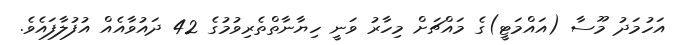
އަހުމަދު މޫސާ (އައްމަޓީ)ގެ މައްޗަށް މިހާރު ވަނީ ހިޔާނާތްތެރިވުމުގެ 42 ދައުވާއެއް އުފުލާފައެވެ.